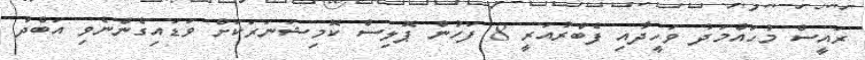
ރައީސް މުހައްމަދު ވަހީދާއި ފެބްރުއަރީ 8 ފަހުން ޕޮލިސް ކޮމިޝަނަރަކަށް ވަޑައިގެންނެވި އަބްދު